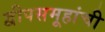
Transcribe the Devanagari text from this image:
द्वीपसमूहांची